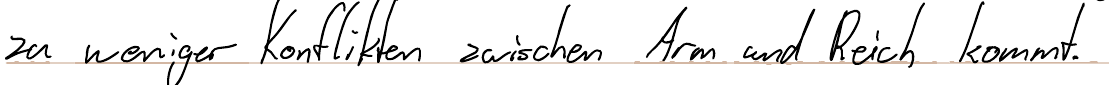
zu weniger Konflikten zwischen Arm und Reich kommt.